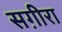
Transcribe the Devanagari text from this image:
सग़ीरा